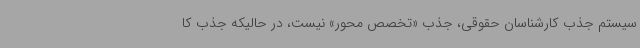
سیستم جذب کارشناسان حقوقی، جذب «تخصص محور» نیست، در حالیکه جذب کا